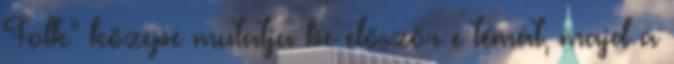
Folk" közepe mutatja be először e témát, majd a